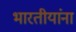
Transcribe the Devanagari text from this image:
भारतीयांंना